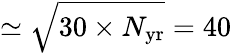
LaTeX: \simeq\sqrt{30\times N_{\mathrm{yr}}}=40